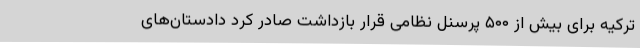
ترکیه برای بیش از ۵۰۰ پرسنل نظامی قرار بازداشت صادر کرد دادستان‌های